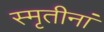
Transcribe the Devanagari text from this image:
स्मृतीनां